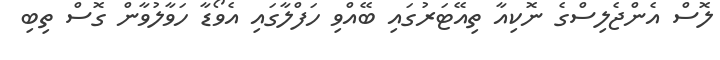
ލޮސް އެންޖެލިސްގެ ނޮކިއާ ތިއޭޓަރުގައި ބޭއްވި ހަފްލާގައި އެވޯޑާ ހަވާލުވާން ގޮސް ތިބި